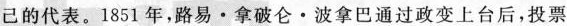
己的代表。1851年，路易·拿破仑·波拿巴通过政变上台后，投票